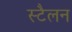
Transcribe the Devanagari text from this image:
स्टैलन